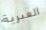
العبرية